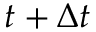
t + \Delta t